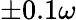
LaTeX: \pm 0.1\omega